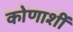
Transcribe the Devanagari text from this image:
कोणाशीं